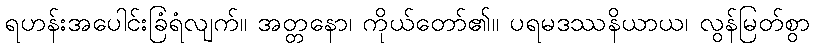
ရဟန်းအပေါင်းခြံရံလျက်။ အတ္တနော၊ ကိုယ်တော်၏။ ပရမဒဿနိယာယ၊ လွန်မြတ်စွာ